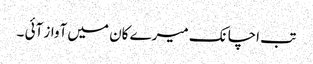
تب اچانک میرے کان میں آواز آئی ۔